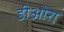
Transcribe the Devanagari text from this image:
डीओरा